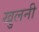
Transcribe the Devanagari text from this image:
खुलनी